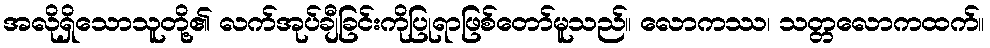
အလိုရှိသောသူတို့၏ လက်အုပ်ချီခြင်းကိုပြုရာဖြစ်တော်မူသည်။ လောကဿ၊ သတ္တလောကထက်။